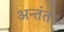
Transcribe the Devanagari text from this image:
अन्तंतः